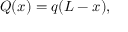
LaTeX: Q ( x ) = q ( L - x ) ,